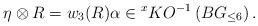
LaTeX: \begin{align*}\eta\otimes R = w_3(R)\alpha \in {}^x KO^{-1}\left(BG_{\le 6}\right).\end{align*}